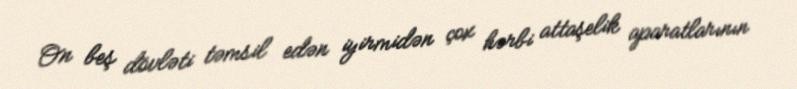
On beş dövləti təmsil edən iyirmidən çox hərbi attaşelik aparatlarının